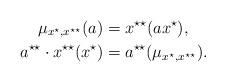
LaTeX: \begin{align*}\mu_{x^{\star},x^{\star\star}}(a) & =x^{\star\star}(ax^{\star}),\\a^{\star\star}\cdot x^{\star\star}(x^{\star}) & =a^{\star\star}(\mu_{x^{\star},x^{\star\star}}).\end{align*}